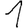
Digit: 1